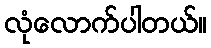
လုံလောက်ပါတယ်။